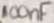
Text: 100nF